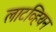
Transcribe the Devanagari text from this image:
लाटव्हियन